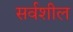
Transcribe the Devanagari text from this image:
सर्वशील